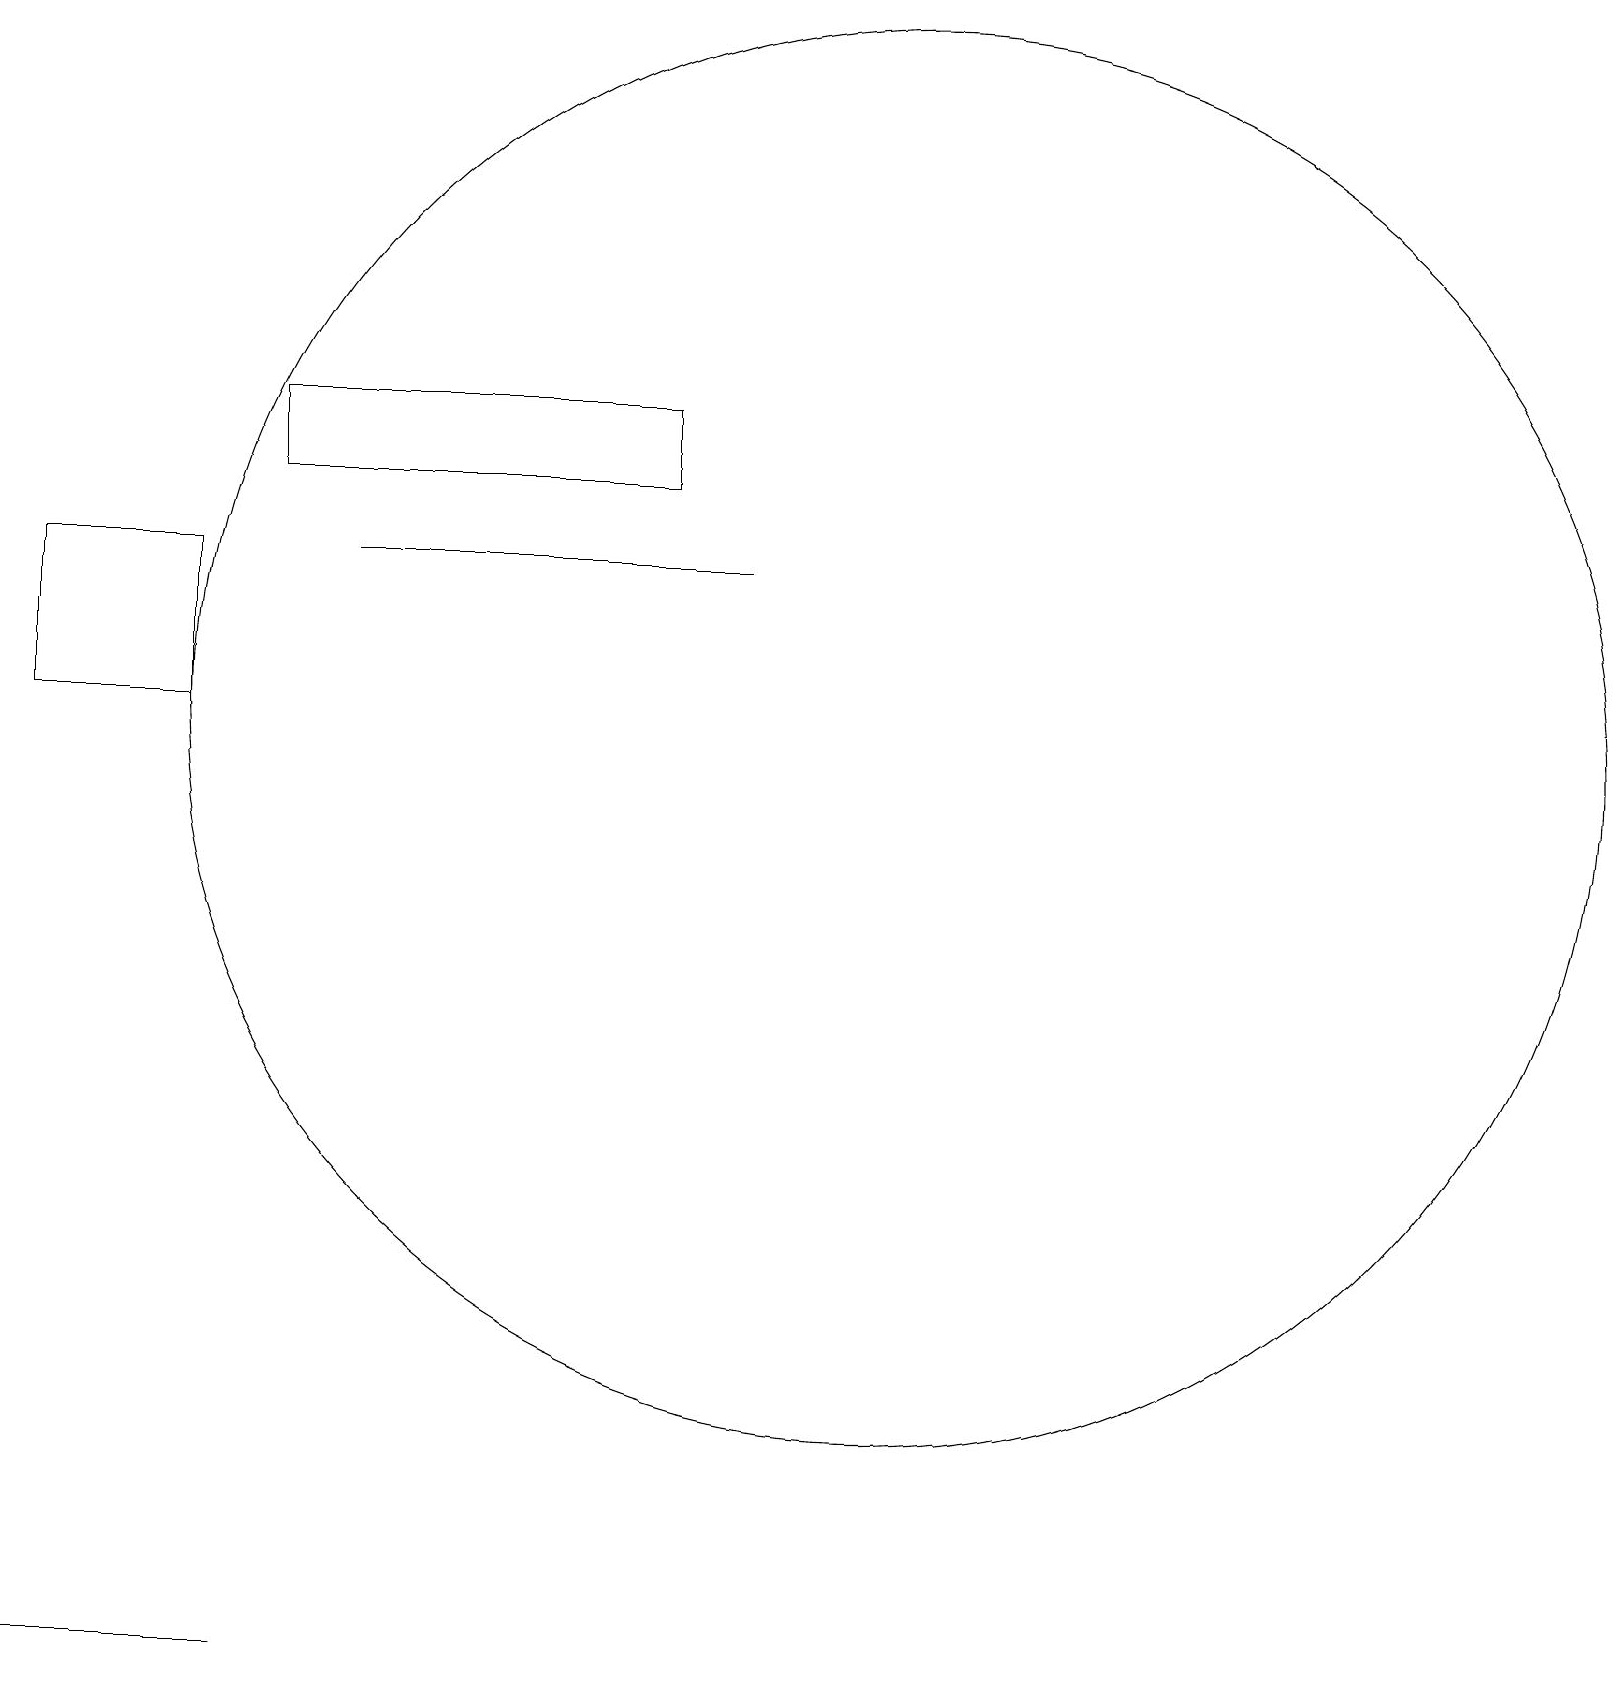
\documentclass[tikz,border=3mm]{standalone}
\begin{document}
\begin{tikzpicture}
\draw (3,16) rectangle (8,15);
\draw (2,12) rectangle (0,14);
\draw (1,0) -- (3,0) -- (0,0) -- cycle;
\draw (9,14) rectangle (4,14);
\draw (11,12) circle (9);
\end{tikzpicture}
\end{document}